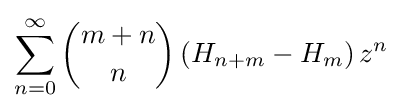
\sum _{n=0}^{\infty }{\binom {m+n}{n}}\left(H_{n+m}-H_{m}\right)z^{n}